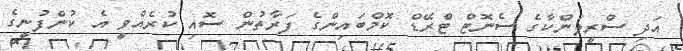
އަދި ސްރީލަންކާގެ ސެނޮޓް ޓްރޭޑް ކޮމްބައިންގެ ފަރާތުން ސޮއި ކުރެއްވީ އެ ކުންފުނީގެ